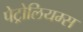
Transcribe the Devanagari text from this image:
पेट्रोलियम्स